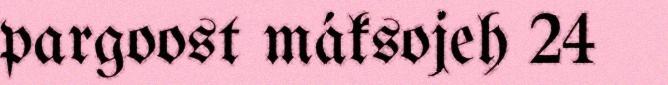
pargoost máksojeh 24